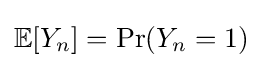
\mathbb {E} [Y_{n}]=\Pr(Y_{n}=1)